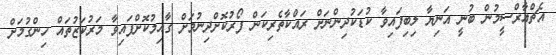
އެޗްއާރްސީމުން ބުނީ އަނިޔާ ލިބިފައިވާ ކުޑަކުދިންނަށް ރައްކާތެރިކަން ފޯރުކޮށްދިނުމަށް ގާއިމުކޮށްފައިވާ މަރުކަޒުތައް ހިންގުމަށް